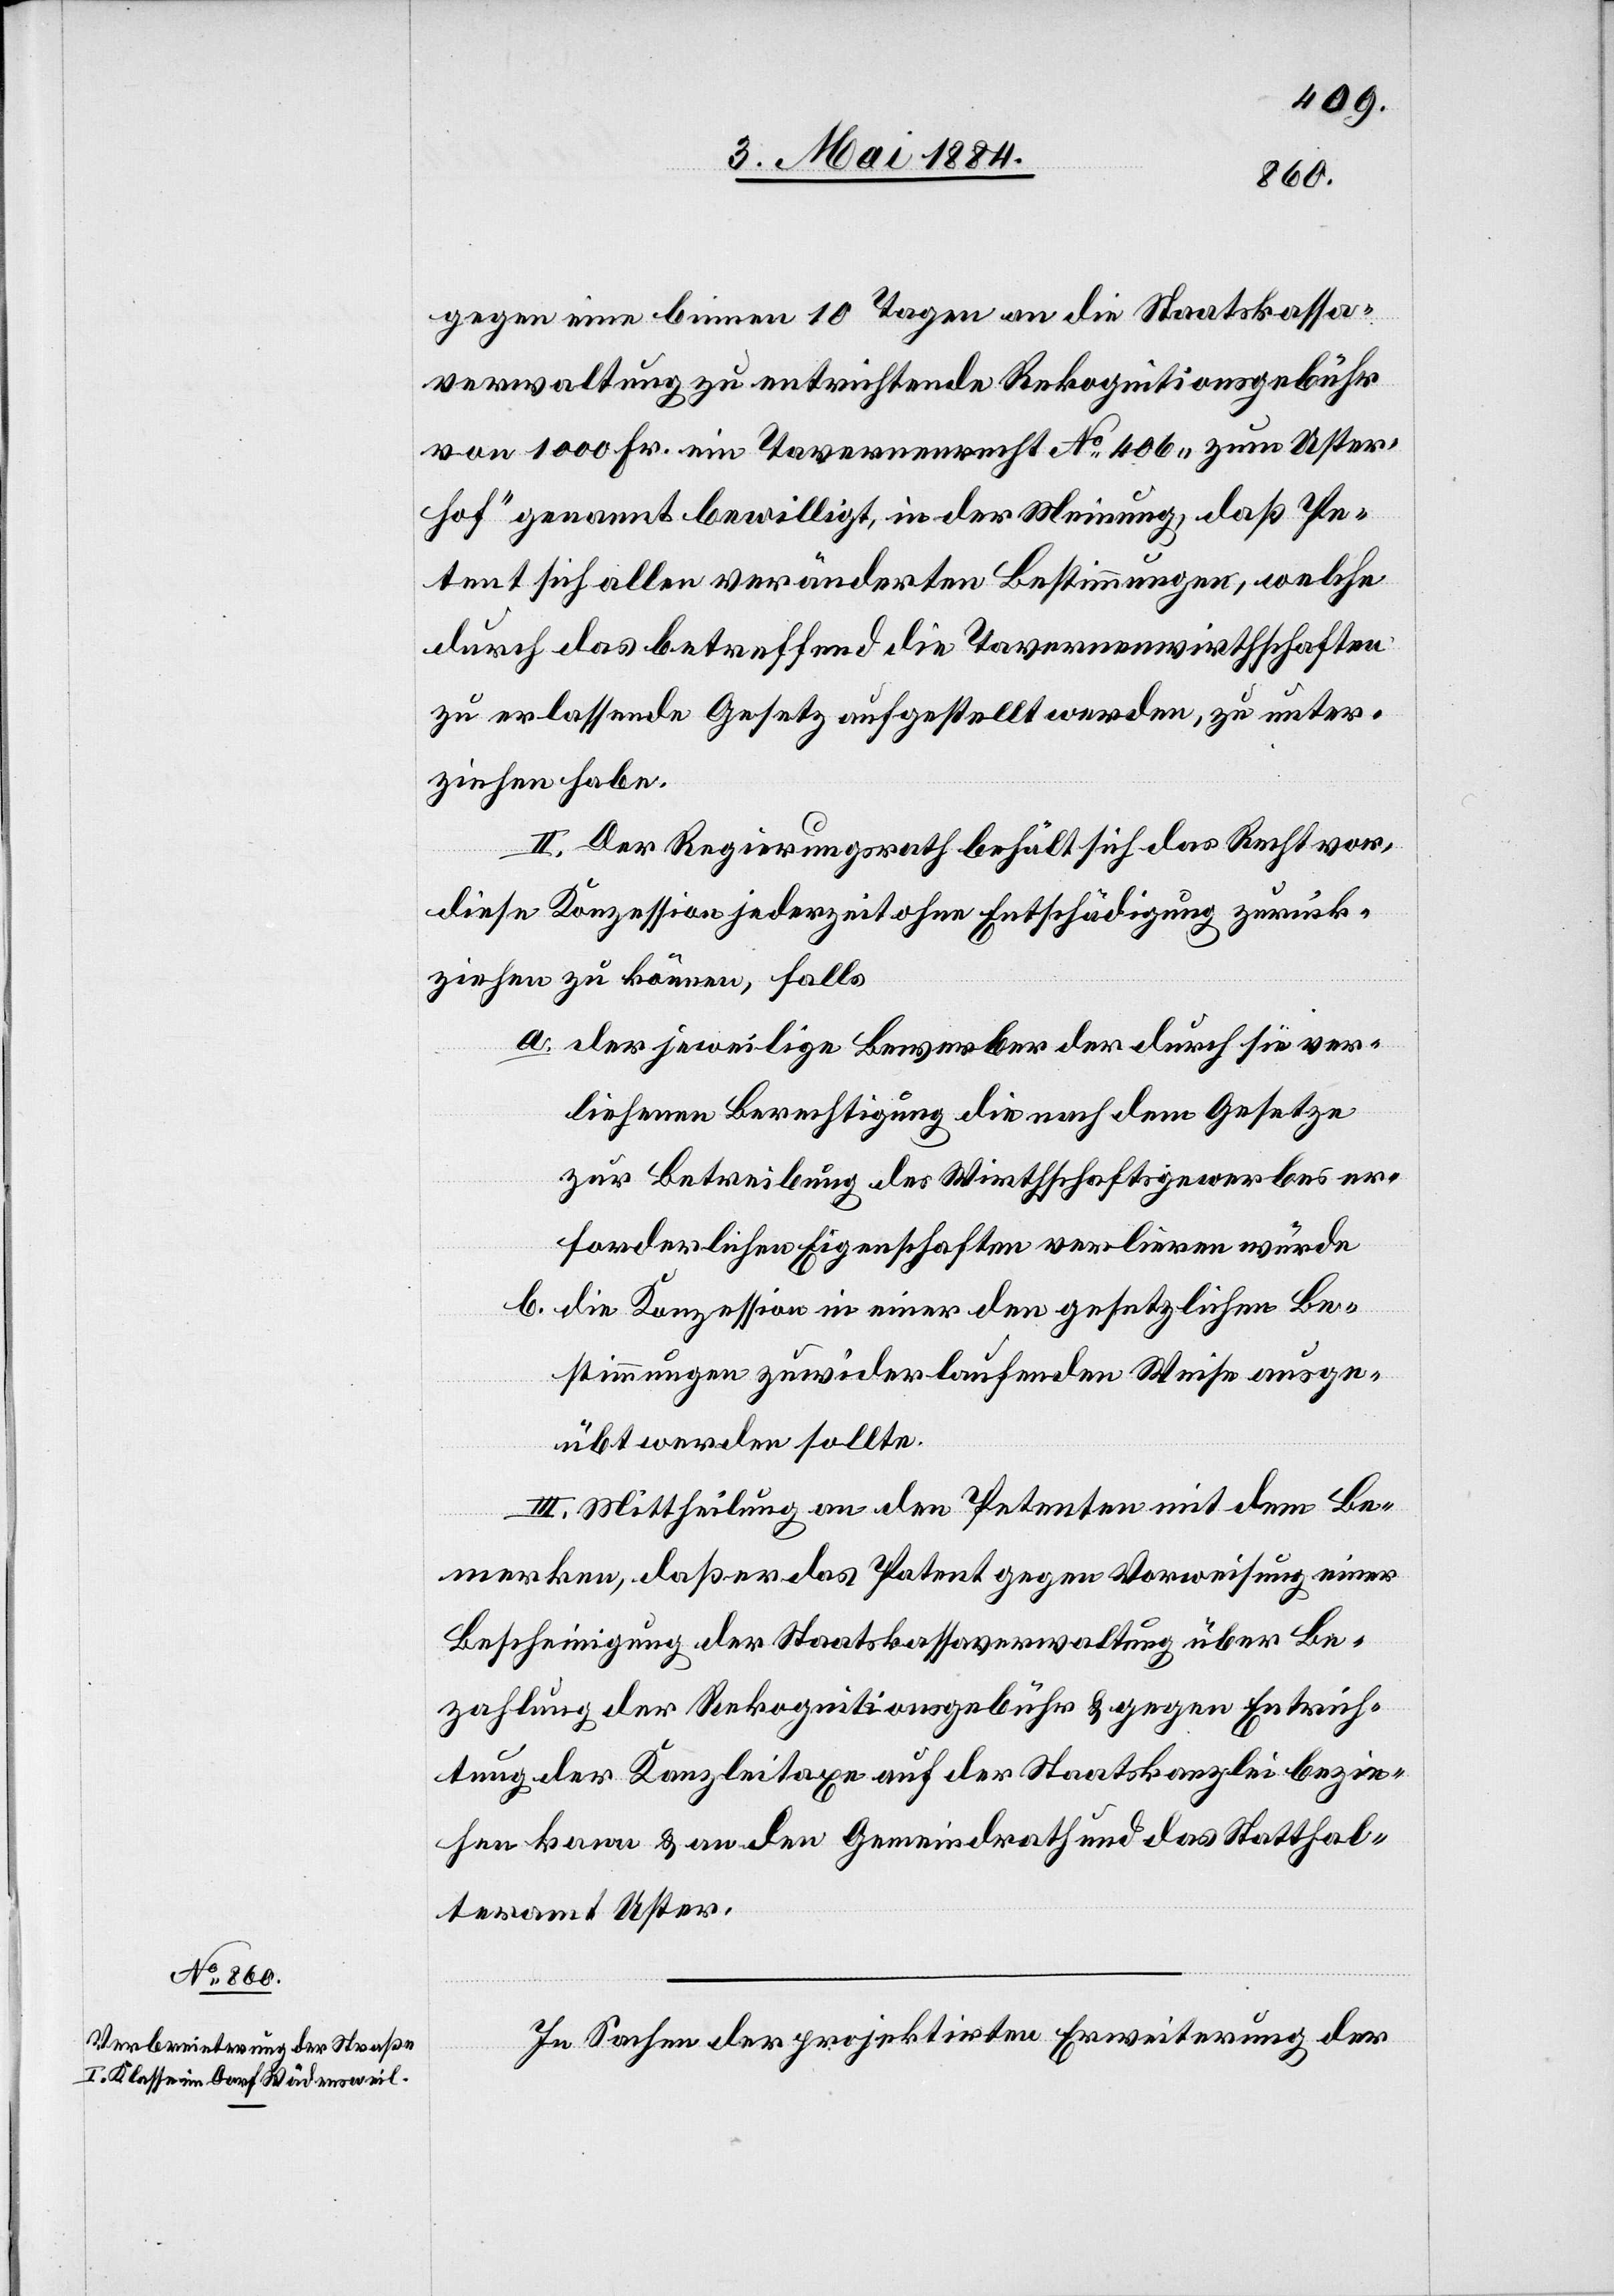
gegen eine binnen 10 Tagen an die Staatskassa¬
verwaltung zu entrichtende Rekognitionsgebühr
von 1000 Fr. ein Tavernenrecht No 406 [sic!] „zum Uster¬
hof“ genannt bewilligt, in der Meinung, daß Pe¬
tent sich allen veränderten Bestimmungen, welche
durch das betreffend die Tavernenwirthschaften
zu erlassende Gesetz aufgestellt werden, zu unter¬
ziehen habe.
II. Der Regierungsrath behält sich das Recht vor,
diese Konzession jederzeit ohne Entschädigung zurück¬
ziehen zu können, falls
a. der jeweilige Bewerber der durch sie ver¬
liehenen Berechtigung die nach dem Gesetze
zur Betreibung des Wirthschaftsgewerbes er¬
forderlichen Eigenschaften verlieren würde
b. die Konzession in einer den gesetzlichen Be¬
stimmungen zuwiderlaufenden Weise ausge¬
übt werden sollte.
III. Mittheilung an den Petenten mit dem Be¬
merken, daß er das Patent gegen Vorweisung einer
Bescheinigung der Staatskassaverwaltung über Be¬
zahlung der Rekognitionsgebühr & gegen Entrich¬
tung der Kanzleitaxe auf der Staatskanzlei bezie¬
hen kann & an den Gemeindrath und das Statthal¬
teramt Uster.
In Sachen der projektirten Erweiterung der